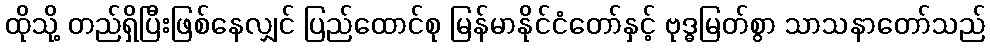
ထိုသို့ တည်ရှိပြီးဖြစ်နေလျှင် ပြည်ထောင်စု မြန်မာနိုင်ငံတော်နှင့် ဗုဒ္ဓမြတ်စွာ သာသနာတော်သည်